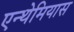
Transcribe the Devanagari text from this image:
एन्थेमियास